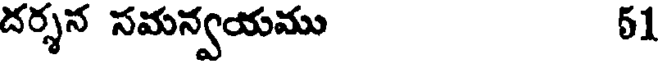
దర్శన సమన్వయము 51